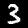
Digit: 3